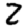
Digit: 2